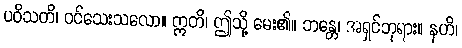
ပဝိသတိ၊ ဝင်သေးသလော။ ဣတိ၊ ဤသို့ မေး၏။ ဘန္တေ၊ အရှင်ဘုရား။ နဟိ၊